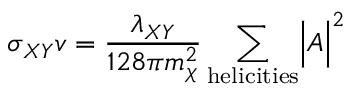
\sigma _ { X Y } v = { \frac { \lambda _ { X Y } } { 1 2 8 \pi m _ { \chi } ^ { 2 } } } \sum _ { \mathrm { h e l i c i t i e s } } \Bigl | { \cal A } \Bigr | ^ { 2 }